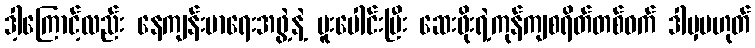
ဒါ့ကြောင့်လည်း နေကျန်းမာရေးအဖွဲ့နဲ့ ပူးပေါင်းပြီး ဆေးဖိုးရဲ့ကုန်ကျစရိတ်တစ်ဝက် ဒါမှမဟုတ်